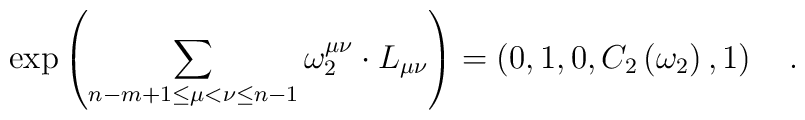
\exp \left( \sum_{n-m+1\le \mu <\nu \le n-1}\omega _2^{\mu\nu }\cdot L_{\mu \nu }\right) =\left( 0,1,0,C_2\left( \omega _2\right),1\right) \quad .